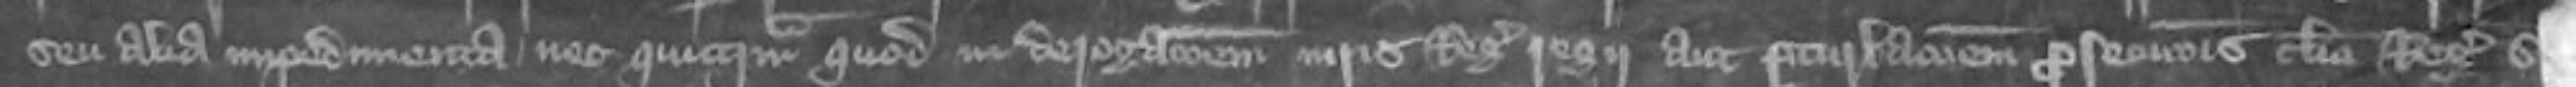
seu alia impedimenta nec quicquam quod in derogationem iuris Regis regii aut perturbationem prosecutionis clerici Regis seu